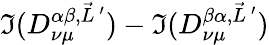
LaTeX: \Im(D_{\nu\mu}^{\alpha\beta,\vec{L}\, ^{\prime}})-\Im(D_{\nu\mu}^{\beta\alpha,\vec{L}\, ^{\prime}})